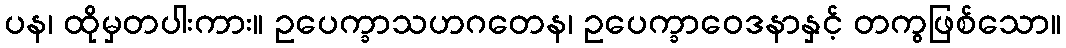
ပန၊ ထိုမှတပါးကား။ ဥပေက္ခာသဟဂတေန၊ ဥပေက္ခာဝေဒနာနှင့် တကွဖြစ်သော။